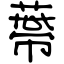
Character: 蔕